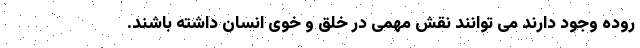
روده وجود دارند می توانند نقش مهمی در خلق و خوی انسان داشته باشند.